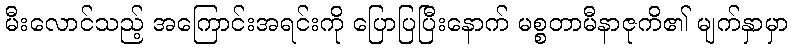
မီးလောင်သည့် အကြောင်းအရင်းကို ပြောပြပြီးနောက် မစ္စတာမီနာဇုကိ၏ မျက်နှာမှာ